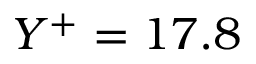
Y ^ { + } = 1 7 . 8